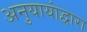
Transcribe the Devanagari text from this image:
अनुयायांद्वारा